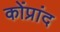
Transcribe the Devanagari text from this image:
कोंप्रांद